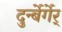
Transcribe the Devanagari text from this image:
दुर्न्बेर्गेर्